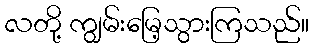
လတို့ ကျွမ်းမြေ့သွားကြသည်။